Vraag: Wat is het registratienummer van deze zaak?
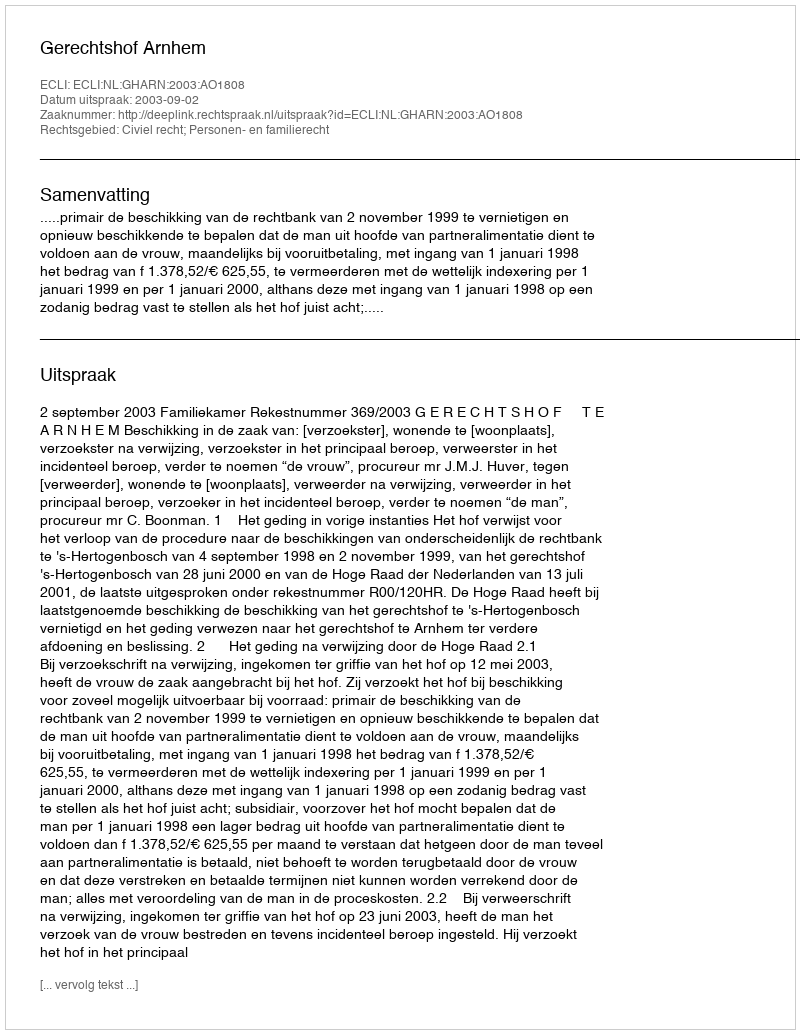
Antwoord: http://deeplink.rechtspraak.nl/uitspraak?id=ECLI:NL:GHARN:2003:AO1808